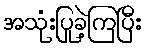
အသုံးပြုခဲ့ကြပြီး